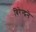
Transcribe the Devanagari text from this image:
बिरेन्द्रने